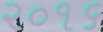
૨૦૧૬